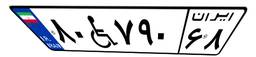
۹۵W۹۷۰۵۹